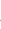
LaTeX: \mathcal{I}\! \! \! \! \! \! \! \! \! \! \! \! _{\! \! \! \! \! \! \! \! \! \! \! \! \partial\! \! \! \! \! \! \! \! \! \! \! \! B}\! \! \! \! \! \! \! \! \! \! \! \! (Z\! \! \! \! \! \! \! \! \! \! \! \! (\! \! \! \! \! \! \! \! \! \! \! \! \cdot\! \! \! \! \! \! \! \! \! \! \! \! ,\! \! \! \! \! \! \! \! \! \! \! \! \lambda\! \! \! \! \! \! \! \! \! \! \! \! )\! \! \! \! \! \! \! \! \! \! \! \! )\! \! \! \! \! \! \! \! \! \! \!